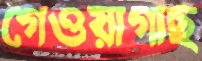
গেওয়াগাছ